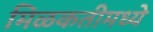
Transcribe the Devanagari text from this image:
मिळकतीमध्ये